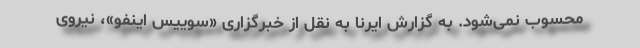
محسوب نمی‌شود. به گزارش ایرنا به نقل از خبرگزاری «سوییس اینفو»، نیروی